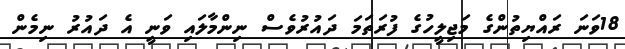
18ވަނަ ރައްޔިތުންގެ މަޖިލީހުގެ ފުރަތަމަ ދައުރުވެސް ނިންމާލައި ވަނީ އެ ދައުރު ނިމެން